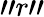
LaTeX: "r"